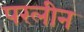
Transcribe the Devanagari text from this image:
परलीन